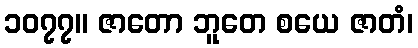
၁၀၇၇။ ဇာတော ဘူတေ စယေ ဇာတံ၊